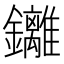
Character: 𮣮